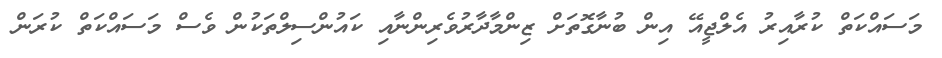
މަސައްކަތް ކުރާއިރު އެލްޖީއޭ އިން ބުނާގޮތަށް ޒިންމާދާރުވެރިންނާއި ކައުންސިލްތަކުން ވެސް މަސައްކަތް ކުރަން